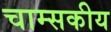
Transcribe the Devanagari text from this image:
चाम्सकीय